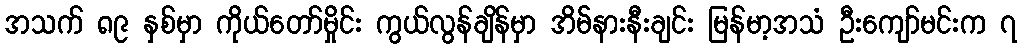
အသက် ၈၉ နှစ်မှာ ကိုယ်တော်မှိုင်း ကွယ်လွန်ချိန်မှာ အိမ်နားနီးချင်း မြန်မာ့အသံ ဦးကျော်မင်းက ၇